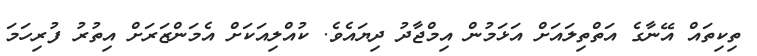
ތިކިތައް އޭނާގެ އަތްތިލައަށް އަޅަމުން އިމްޖާދު ދިޔައެވެ. ކުއްލިއަކަށް އެމަންޒަރަށް އިތުރު ފުރިހަމަ